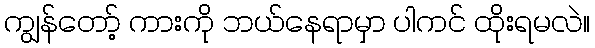
ကျွန်တော့် ကားကို ဘယ်နေရာမှာ ပါကင် ထိုးရမလဲ။